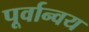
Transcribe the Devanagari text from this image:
पूर्वान्वय